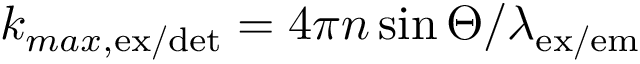
k _ { m a x , \mathrm { e x } / \mathrm { d e t } } = 4 \pi n \sin \Theta / \lambda _ { \mathrm { e x } / \mathrm { e m } }